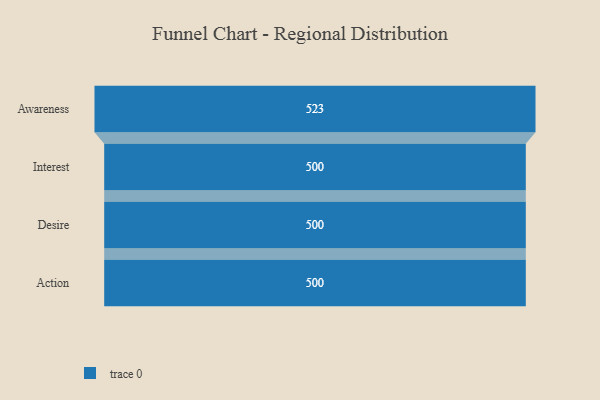
{"axis": {"x": "Stage", "y": "Value"}, "legend": [""], "data": [{"x": "Awareness", "y": 523.0, "type": ""}, {"x": "Interest", "y": 500, "type": ""}, {"x": "Desire", "y": 500, "type": ""}, {"x": "Action", "y": 500, "type": ""}]}